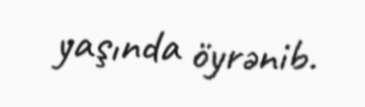
yaşında öyrənib.